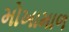
મોખામાળ